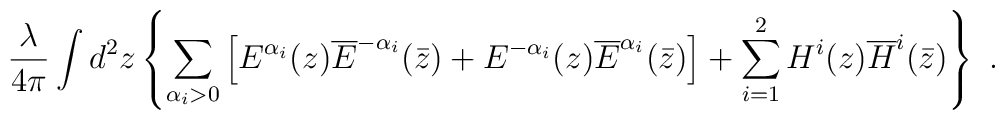
\frac{\lambda}{4\pi} \int d^2 z \left\{	\sum_{\alpha_i>0} \left[		E^{\alpha_i}(z)\overline{E}^{-\alpha_i}(\bar{z}) +		E^{-\alpha_i}(z)\overline{E}^{\alpha_i}(\bar{z}) \right]	+ \sum_{i=1}^{2}		H^i(z)\overline{H}^i(\bar{z}) \right\} \ .